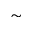
\sim